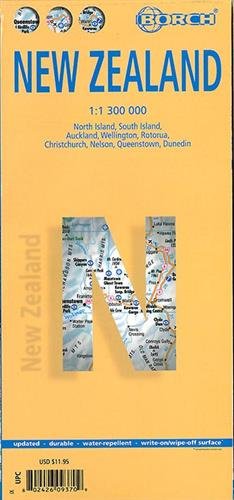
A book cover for Laminated New Zealand Map by Borch (English Edition); Borch GmbH.; Travel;